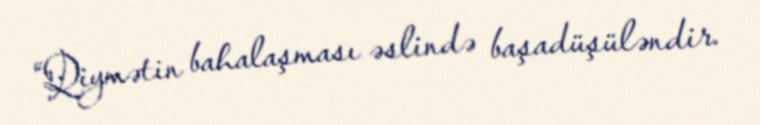
“Qiymətin bahalaşması əslində başadüşüləndir.